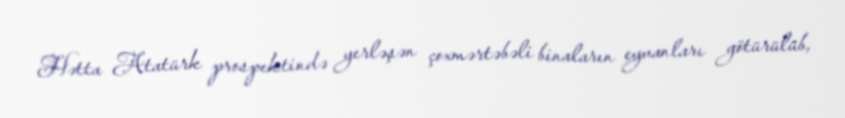
Hətta Atatürk prospektində yerləşən çoxmərtəbəli binaların eyvanları götürülüb,